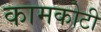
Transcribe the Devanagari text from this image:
कामकोटी